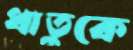
ধাতুকে